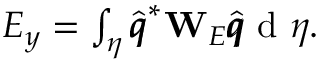
\begin{array} { r } { E _ { y } = \int _ { \eta } \hat { \pmb q } ^ { * } \mathbf { W } _ { E } \hat { \pmb q } \mathrm { ~ d ~ } \eta . } \end{array}